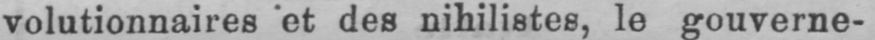
volutionnaires et des nihilistes, le gouverne-